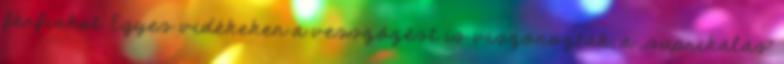
férfiakat. Egyes vidékeken a vesszőzést is viszonozták, a ,,suprikálás"